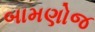
બામણોજ